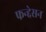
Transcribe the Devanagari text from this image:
फन्द्देसन